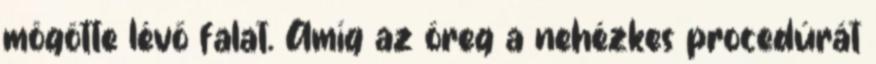
mögötte lévő falat. Amíg az öreg a nehézkes procedúrát